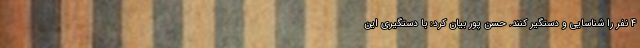
۴ نفر را شناسایی و دستگیر کنند. حسن پور بیان کرد: با دستگیری این